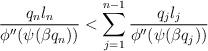
LaTeX: \begin{align*}\frac{q_n l_n}{ \phi''(\psi(\beta q_n))}<\sum_{j=1}^{n-1}\frac{q_j l_j}{ \phi''(\psi(\beta q_j))}\end{align*}